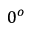
0 ^ { o }